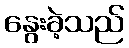
နွေးခဲ့သည်